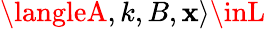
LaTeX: \langleA,k,B,\mathbf{x}\rangle\inL